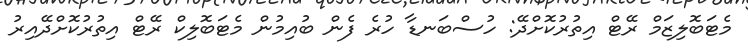
މެޓަބޮލިޒަމް ރޭޓް އިތުރުކޮށްދޭ: ހުސްބަނޑާ ހުރެ ފެން ބުއިމުން މެޓަބޮލިކް ރޭޓް އިތުރުކޮށްދޭއިރު